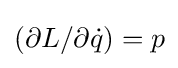
\left(\partial L/\partial {\dot {q}}\right)=p